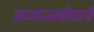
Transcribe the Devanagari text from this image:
अध्यात्मबोधार्थ